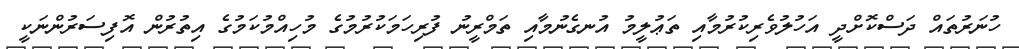
ހުނަރުތައް ދަސްކޮށްދީ އަހުލުވެރިކުރުމާއި ތަޢުލީމު އުނގެނުމާއި ތަމްރީނު ފުރިހަމަކުރުމުގެ މުހިއްމުކަމުގެ އިތުރުން އޮފިސަރުންނަކީ